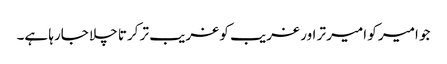
جو امیر کو امیر تر اور غریب کو غریب تر کرتا چلا جارہا ہے۔